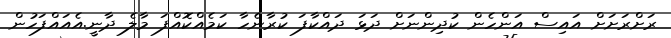
ރަށްރަށަށް އައިސް އަންހެން ކުދިންނަށް ދަޅަ ދައްކާފަ ކުރާނެހާ ކަމެއްކޮއްފަ މާލެ ދާނީ.އެއައްފަހުން